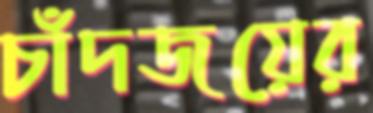
চাঁদজয়ের